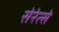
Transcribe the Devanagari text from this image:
सेरेत्से